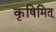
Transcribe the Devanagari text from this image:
कृषिमित्